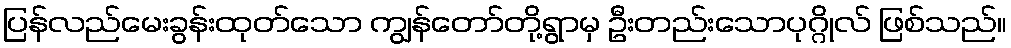
ပြန်လည်မေးခွန်းထုတ်သော ကျွန်တော်တို့ရွာမှ ဦးတည်းသောပုဂ္ဂိုလ် ဖြစ်သည်။